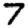
Digit: 7